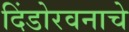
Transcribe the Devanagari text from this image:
दिंडोरवनाचे